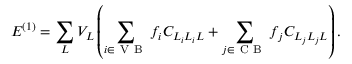
E ^ { ( 1 ) } = \sum _ { L } V _ { L } \left( \sum _ { i \in \mathrm { ~ V ~ B ~ } } f _ { i } C _ { L _ { i } L _ { i } L } + \sum _ { j \in \mathrm { ~ C ~ B ~ } } f _ { j } C _ { L _ { j } L _ { j } L } \right) .